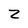
Character: Z